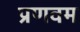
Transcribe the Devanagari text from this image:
प्रणवम